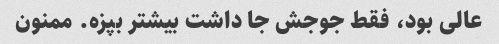
عالی بود، فقط جوجش جا داشت بیشتر بپزه. ممنون